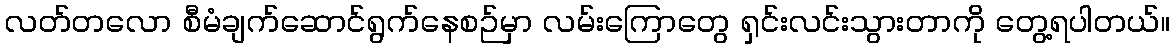
လတ်တလော စီမံချက်ဆောင်ရွက်နေစဉ်မှာ လမ်းကြောတွေ ရှင်းလင်းသွားတာကို တွေ့ရပါတယ်။